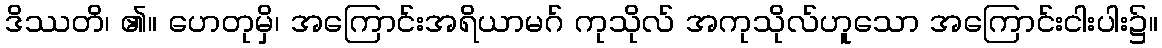
ဒိဿတိ၊ ၏။ ဟေတုမှိ၊ အကြောင်းအရိယာမဂ် ကုသိုလ် အကုသိုလ်ဟူသော အကြောင်းငါးပါး၌။